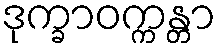
ဒုက္ခာဝက္ကန္တာ